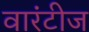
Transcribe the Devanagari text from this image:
वारंटीज